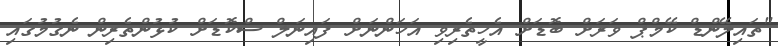
"ތައިލޭންޑް ކޭމްޕް ވަރަށް ބޮޑަށް އެހީތެރިވި އަހަންނަށް ފައިނަލް ސްކޮޑަށް ކުޅުންތެރިން ނެގުމުގައި